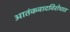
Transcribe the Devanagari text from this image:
आतंकवादविरोधात